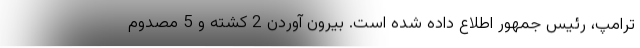
ترامپ، رئیس جمهور اطلاع داده شده است. بیرون آوردن 2 کشته و 5 مصدوم